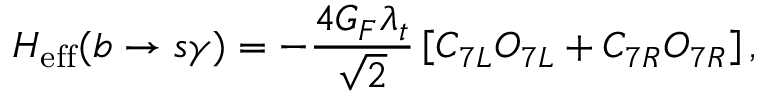
H _ { \mathrm { e f f } } ( b \rightarrow s \gamma ) = - { \frac { 4 G _ { F } \lambda _ { t } } { \sqrt { 2 } } } \left[ C _ { 7 L } O _ { 7 L } + C _ { 7 R } O _ { 7 R } \right] ,